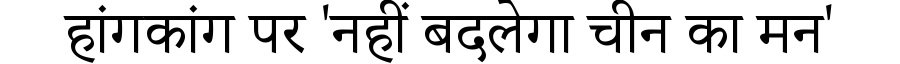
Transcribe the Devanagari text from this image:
हांगकांग पर 'नहीं बदलेगा चीन का मन'